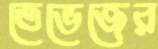
তেভেজের